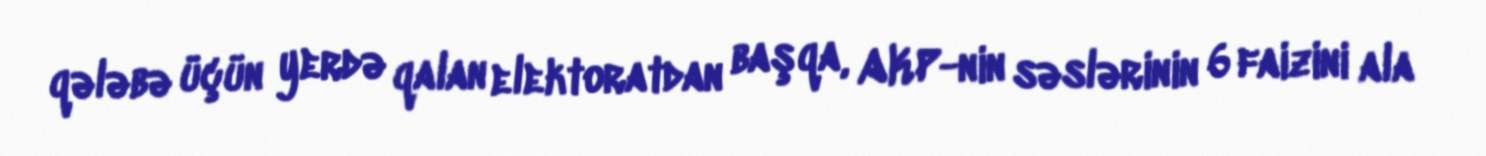
qələbə üçün yerdə qalan elektoratdan başqa, AKP-nin səslərinin 6 faizini ala